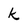
Character: k